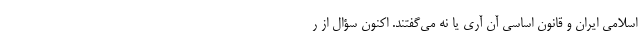
اسلامی ایران و قانون اساسی آن آری یا نه می‌گفتند. اکنون سؤال از ر